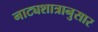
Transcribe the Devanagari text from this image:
नाट्यशात्रानुसार